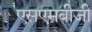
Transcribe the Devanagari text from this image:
एसएमबीजी